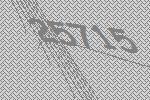
25715